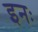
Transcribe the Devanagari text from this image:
इनः